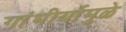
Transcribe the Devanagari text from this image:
गांभीर्यामुळे